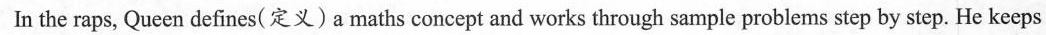
In the raps, Queen defines( 定义)a maths concept and works through sample problems step by step. He keeps